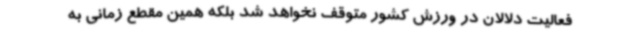
فعالیت دلالان در ورزش کشور متوقف نخواهد شد بلکه همین مقطع زمانی به